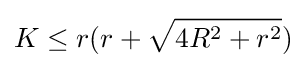
K\leq r(r+{\sqrt {4R^{2}+r^{2}}})